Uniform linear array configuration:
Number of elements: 24
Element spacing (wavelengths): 0.25
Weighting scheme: cosine
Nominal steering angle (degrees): -45
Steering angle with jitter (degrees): -43.617
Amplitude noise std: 0.05
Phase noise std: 0.05

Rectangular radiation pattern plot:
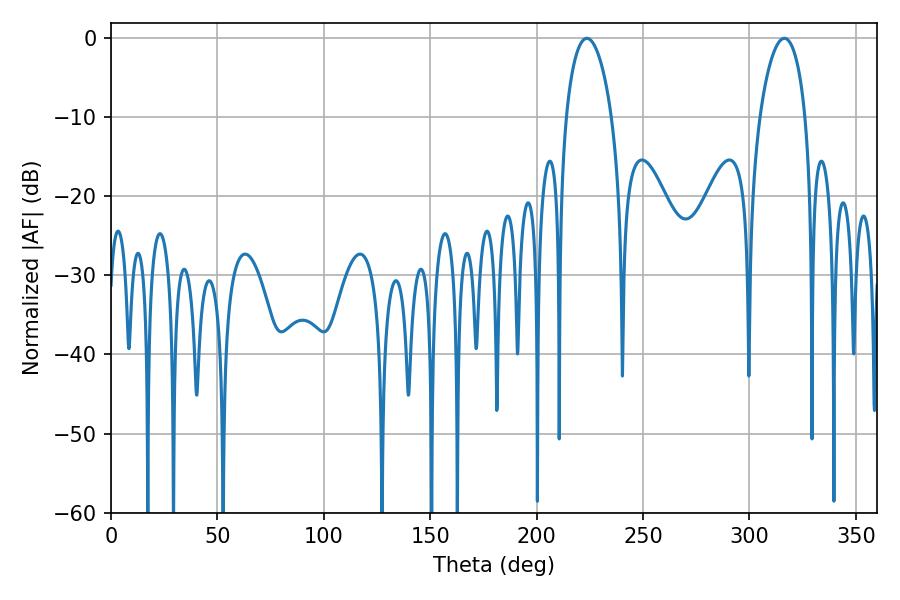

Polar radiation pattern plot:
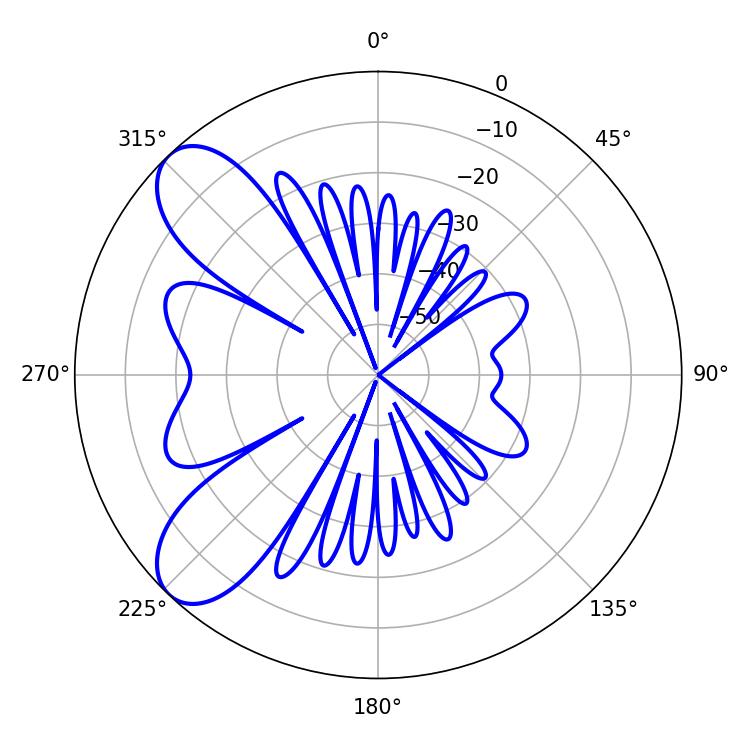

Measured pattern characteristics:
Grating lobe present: FALSE
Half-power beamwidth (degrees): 12.24
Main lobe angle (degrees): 223.56